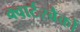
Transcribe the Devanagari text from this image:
क्वार्टरबैकों